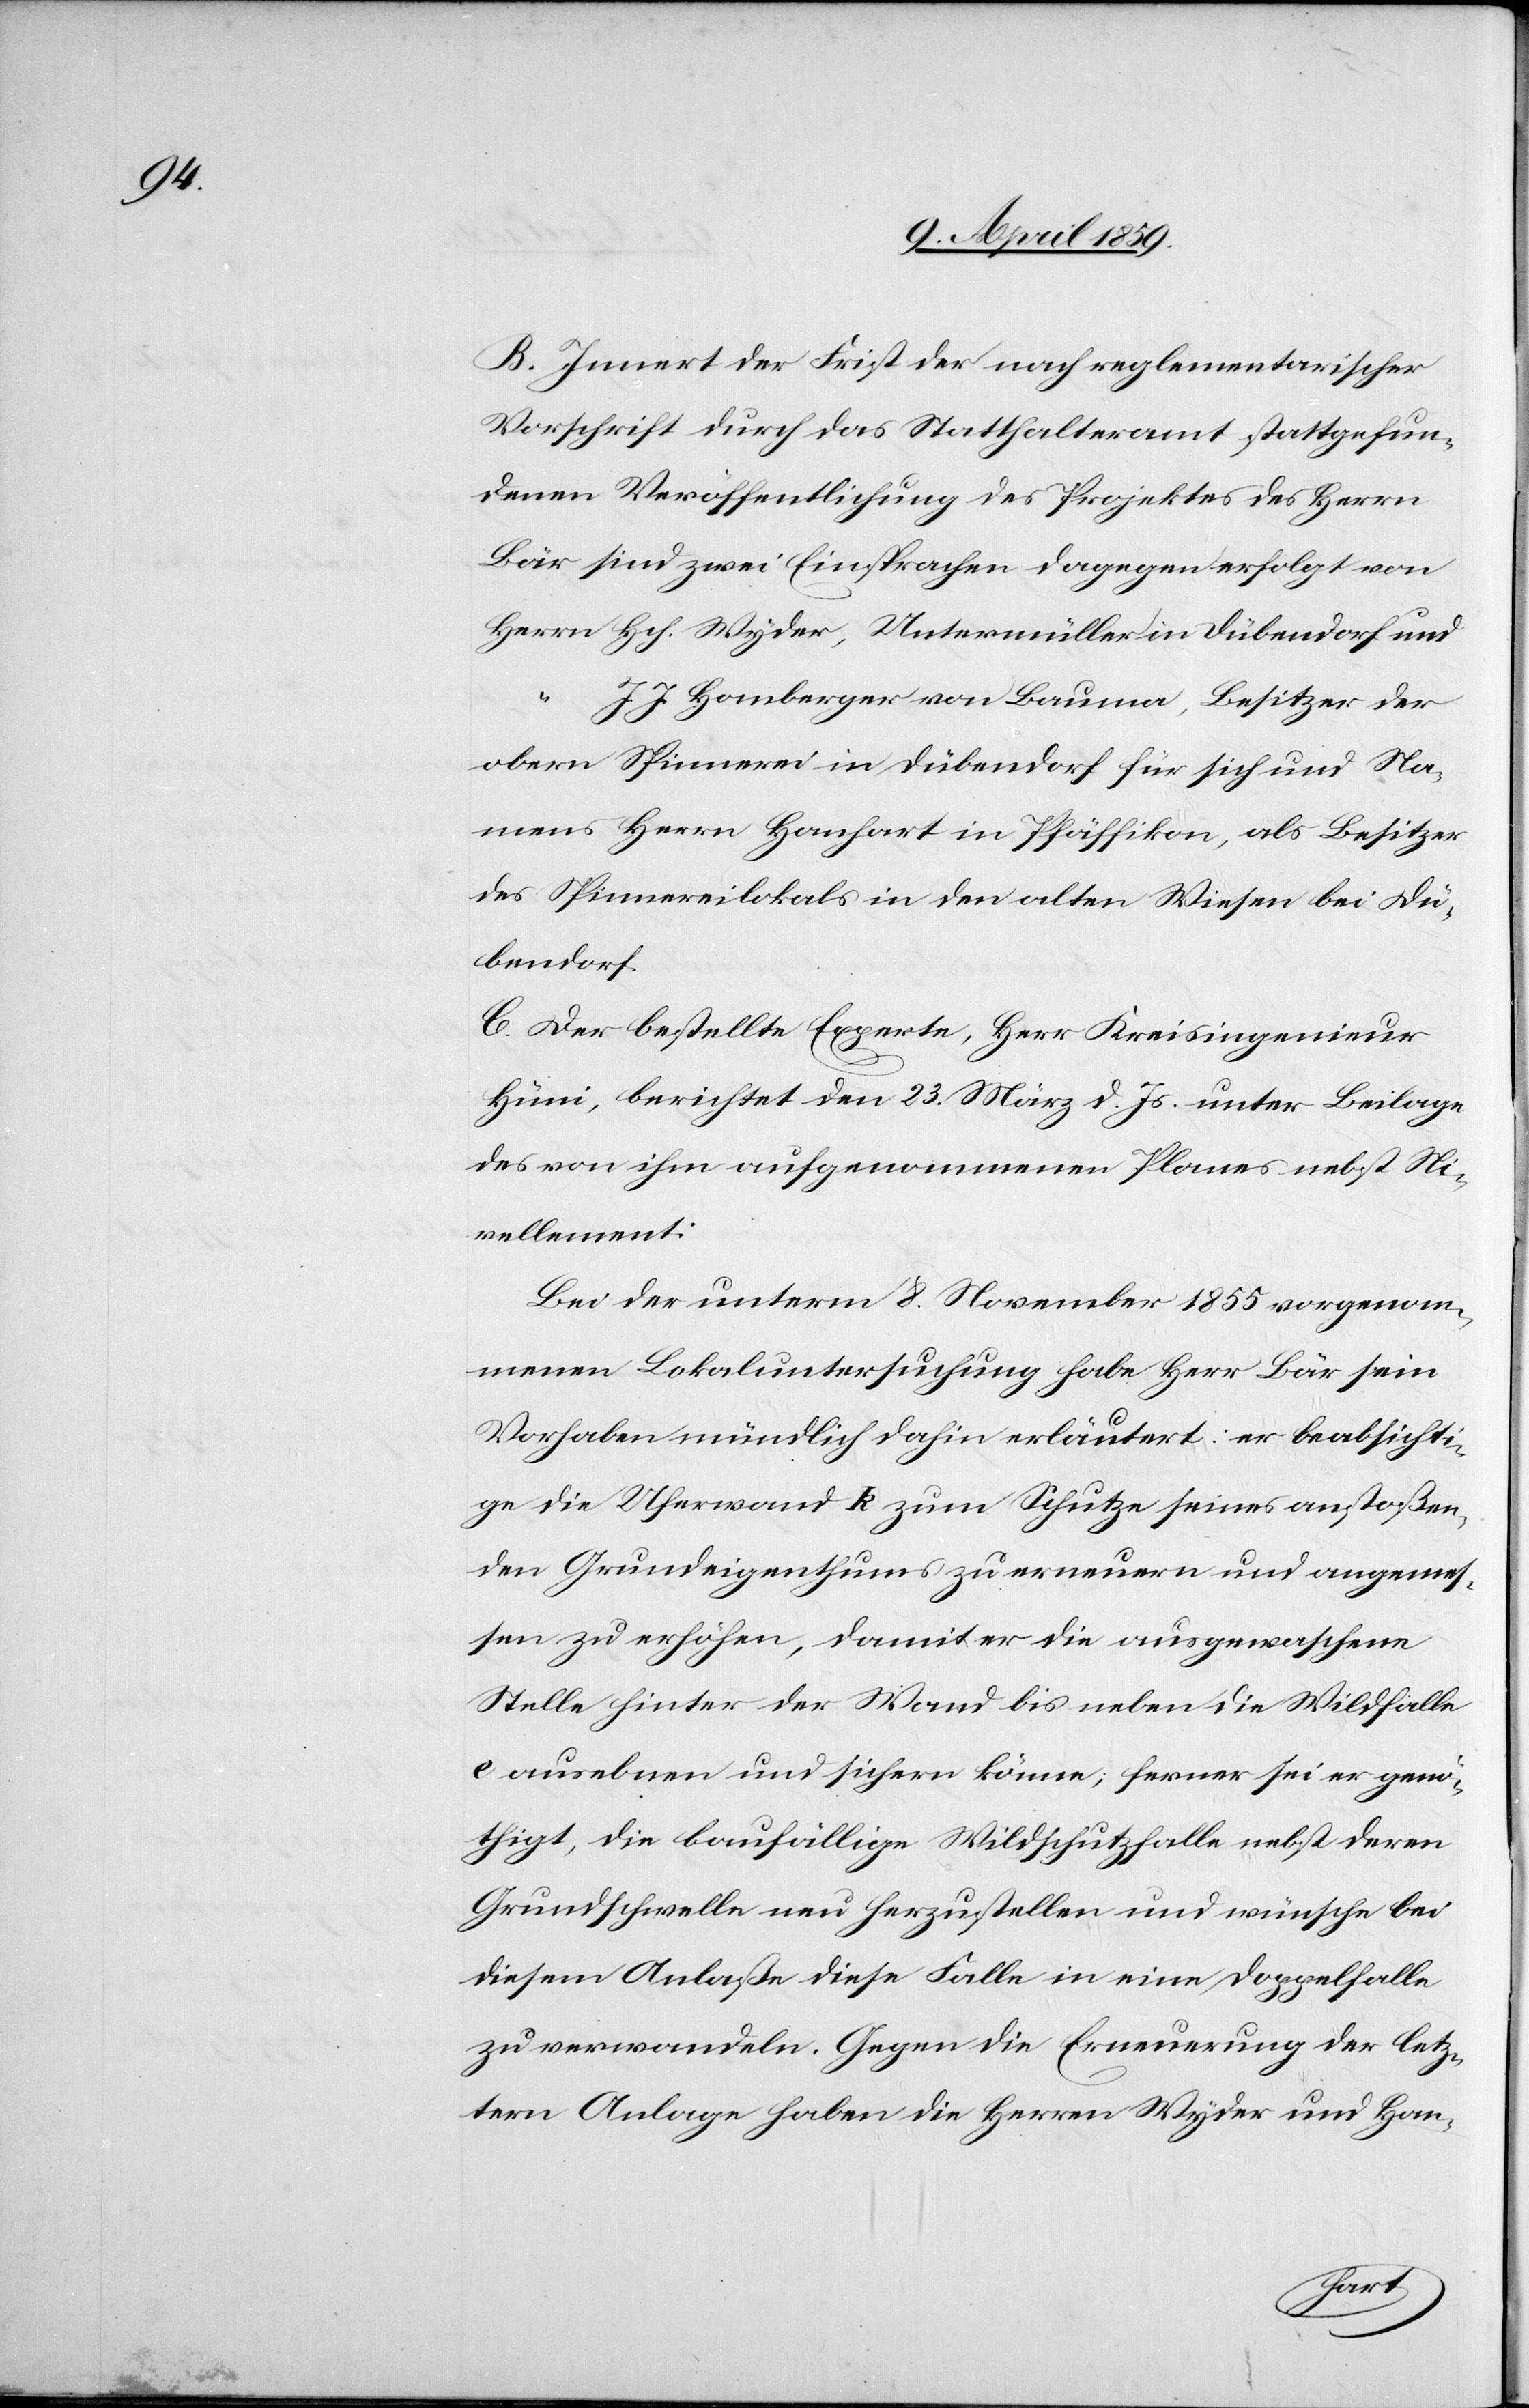
B. Innert der Frist der nach reglementarischer
Vorschrift durch das Statthalteramt stattgefun¬
denen Veröffentlichung des Projektes des Herrn
Bär sind zwei Einsprachen dagegen erfolgt von
Herrn Hch. Wyder, Untermüller in Dübendorf und
“
J. J. Homberger von Bauma, Besitzer der
obern Spinnerei in Dübendorf für sich und Na¬
mens [des] Herrn Hanhart in Pfäffikon, als Besitzer
des Spinnereilokals in den alten Wiesen bei Dü¬
bendorf.
C. Der bestellte Experte, Herr Kreisingenieur
Hüni, berichtet den 23. März d. Js. unter Beilage
des von ihm aufgenommenen Planes nebst Ni¬
vellement:
Bei der unterm 8. November 1855 vorgenom¬
menen Lokaluntersuchung habe Herr Bär sein
Vorhaben mündlich dahin erläutert: er beabsichti¬
ge die Uferwand k zum Schutze seines anstoßen¬
den Grundeigenthums zu erneuern und angemes¬
sen zu erhöhen, damit er die ausgewaschene
Stelle hinter der Wand bis neben die Wildfalle
e ausebnen und sichern könne; ferner sei er genö¬
thigt, die baufällige Wildschutzfalle nebst deren
Grundschwelle neu herzustellen und wünsche bei
diesem Anlaße diese Falle in eine Doppelfalle
zu verwandeln. Gegen die Erneuerung der letz¬
tern Anlage haben die Herren Wyder und Han-